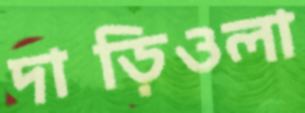
দাড়িওলা